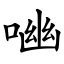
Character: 㗀